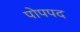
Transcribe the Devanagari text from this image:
पोपपद